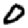
Digit: 0